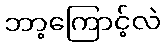
ဘာ့ကြောင့်လဲ